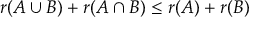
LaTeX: r ( A \cup B ) + r ( A \cap B ) \leq r ( A ) + r ( B )